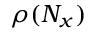
{ \rho ( { N _ { x } } ) }